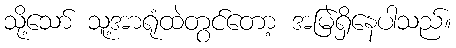
သို့သော် သူ့အာရုံထဲတွင်တော့ အမြဲရှိနေပါသည်။